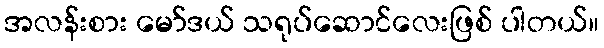
အလန်းစား မော်ဒယ် သရုပ်ဆောင်လေးဖြစ် ပါတယ်။